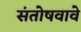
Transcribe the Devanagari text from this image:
संतोषवावे